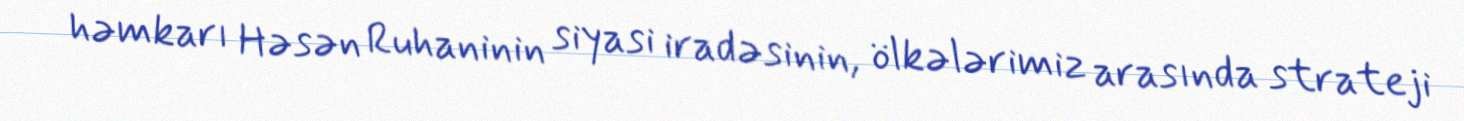
həmkarı Həsən Ruhaninin siyasi iradəsinin, ölkələrimiz arasında strateji